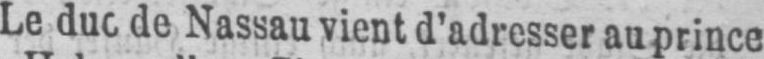
Le duc de Nassau vient d’adresser au prince